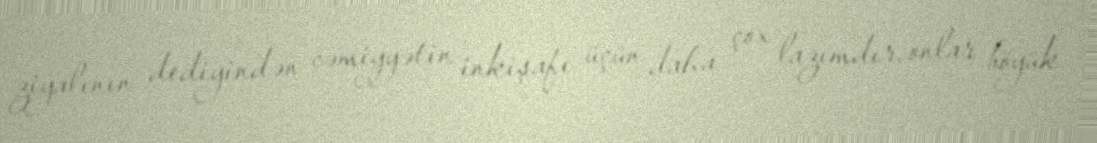
ziyalının dediyindən cəmiyyətin inkişafı üçün daha çox lazımdır, onlar böyük